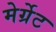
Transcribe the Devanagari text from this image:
मेर्ग्रेट